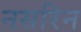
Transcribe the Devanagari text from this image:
नसरिन